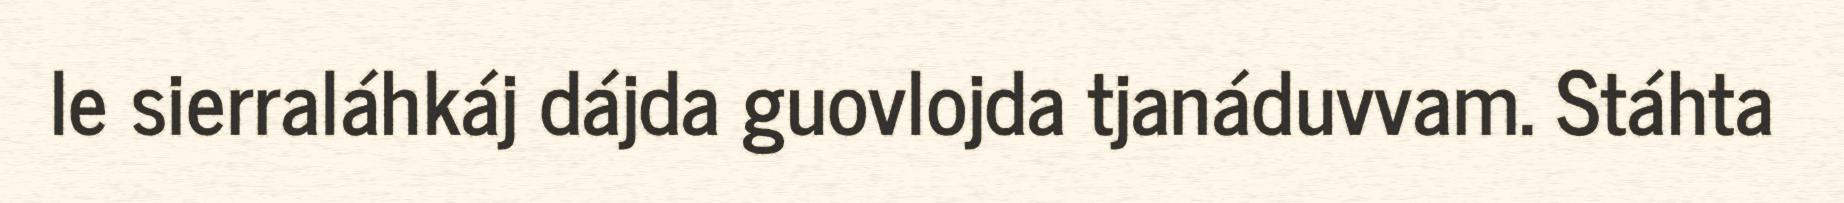
le sierraláhkáj dájda guovlojda tjanáduvvam. Stáhta